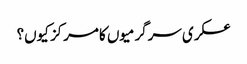
عسکری سرگرمیوں کا مرکز کیوں؟